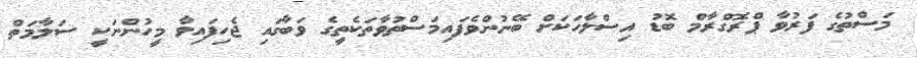
މަސްތުގެ ފަރުވާ ޕްރޮގްރާމް ބޮޑު އިސްލާހަކަށް ބޭނުންވެފައިމަސްތުވާތަކެތީގެ ވަބާގައި ޖެހިފައިވާ މީހުންނަކީ ސަލާމަތް